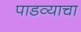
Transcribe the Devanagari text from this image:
पाडव्याचा